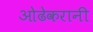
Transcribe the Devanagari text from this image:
ओढेकरानी